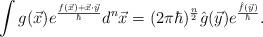
LaTeX: \begin{align*} \int g(\vec{x})e^{\frac{f(\vec{x})+\vec{x}\cdot\vec{y}}{\hbar}}d^n\vec{x}=(2\pi \hbar)^{\frac{n}{2}} \hat{g}(\vec{y})e^{\frac{\hat{f}(\vec{y})}{\hbar}}. \end{align*}